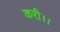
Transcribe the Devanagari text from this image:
करी।।